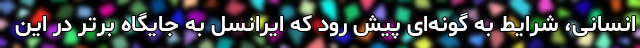
انسانی، شرایط به گونه‌ای پیش رود که ایرانسل به جایگاه برتر در این